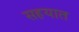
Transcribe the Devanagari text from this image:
सहयात